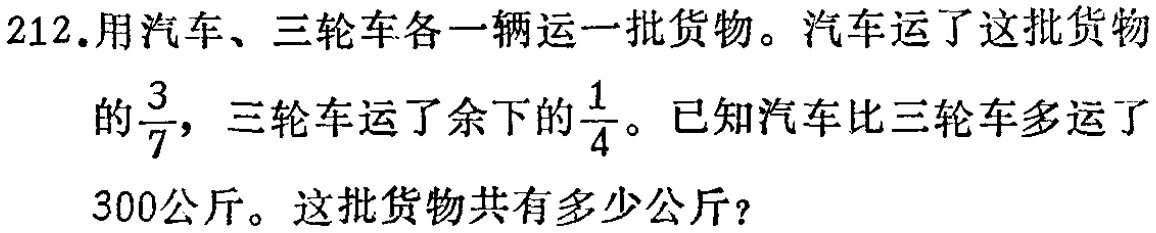
212.用汽车、三轮车各一辆运一批货物。汽车运了这批货物

的$\frac{3}{7}$，三轮车运了余下的$\frac{1}{4}$。已知汽车比三轮车多运了

300公斤。这批货物共有多少公斤？